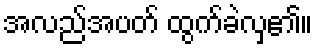
အလည်အပတ် ထွက်ခဲလှ၏။